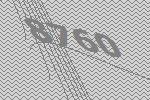
8760